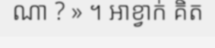
ណា ? » ។ អាខ្វាក់ គិត